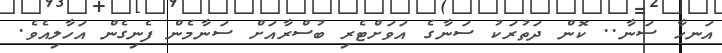
އަނހާ ސަނާ.. ކޮން ދަތުރަކު ސަނާގެ އަވަށްޓެރި ބުސްރާއަށް ސަނާމެން ފެނިގެން އަހާލިއެވެ.